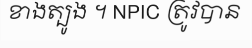
ខាងត្បូង ។ NPIC ត្រូវបាន